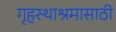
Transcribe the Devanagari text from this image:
गृहस्थाश्रमासाठी